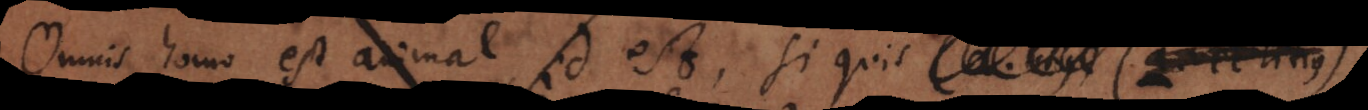
Omnis homo est animal, id est, si quis (a vel Titius)